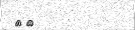
٥١